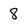
Character: 8